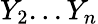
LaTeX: Y_{2}...Y_{n}